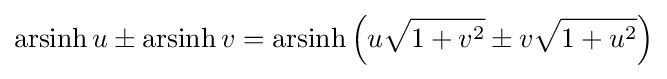
\operatorname {arsinh} u\pm \operatorname {arsinh} v=\operatorname {arsinh} \left(u{\sqrt {1+v^{2}}}\pm v{\sqrt {1+u^{2}}}\right)